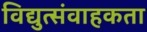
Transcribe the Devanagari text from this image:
विद्युत्संवाहकता